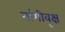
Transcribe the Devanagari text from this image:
वांगीवृक्ष